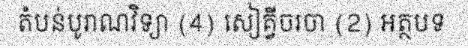
តំបន់បូរាណវិទ្យា (4) សៀគ្វីចរចា (2) អត្ថបទ